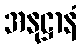
အနုဋ္ဌာနံ